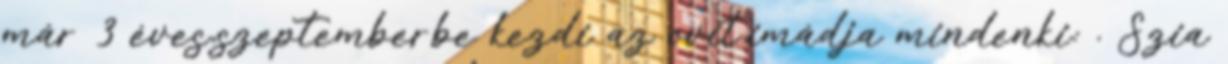
már 3 éves,szeptemberbe kezdi az ovit,imádja mindenki: . Szia